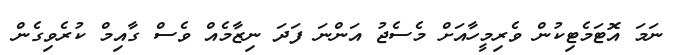
ނަމަ އޮޓަމެޓިކުން ވެރިމީހާއަށް މެސެޖު އަންނަ ފަދަ ނިޒާމެއް ވެސް ގާއިމް ކުރެވިގެން